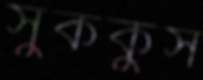
সুককুস